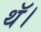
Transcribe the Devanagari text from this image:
थॅ।